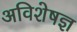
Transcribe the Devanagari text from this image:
अविशेषज्ञ